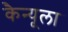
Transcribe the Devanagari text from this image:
कैन्यूला